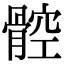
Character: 𩩝